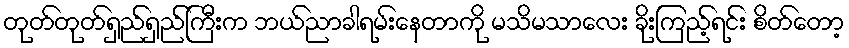
တုတ်တုတ်ရှည်ရှည်ကြီးက ဘယ်ညာခါရမ်းနေတာကို မသိမသာလေး ခိုးကြည့်ရင်း စိတ်တော့